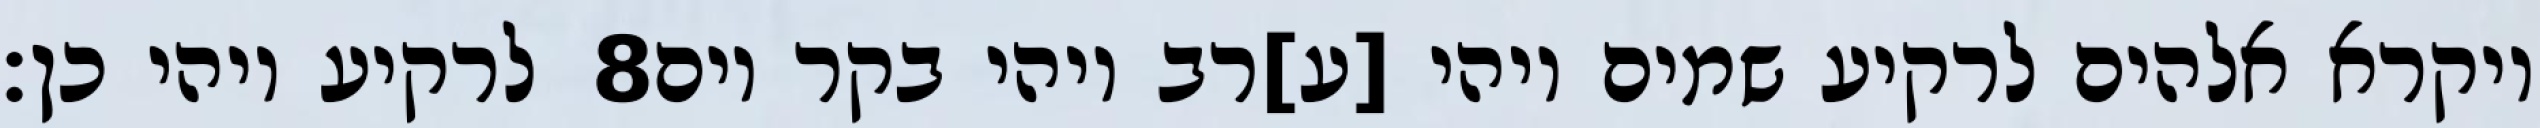
לרקיע ויהי כן׃ ‎8‏ ויקרא אלהים לרקיע שמים ויהי [ע]רב ויהי בקר יום